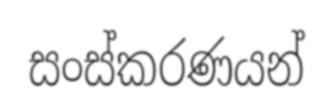
සංස්කරණයන්